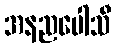
အနညပေါသီ